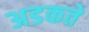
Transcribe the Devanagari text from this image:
अडकते